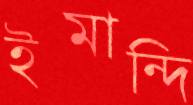
ইমান্দি